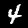
Label: 4